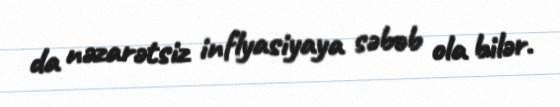
da nəzarətsiz inflyasiyaya səbəb ola bilər.